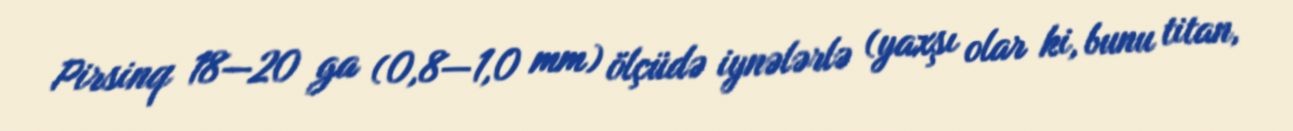
Pirsinq 18—20 ga (0,8—1,0 mm) ölçüdə iynələrlə (yaxşı olar ki, bunu titan,